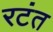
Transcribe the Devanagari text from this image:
रटंत